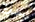
نبضات